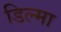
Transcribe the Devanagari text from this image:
डिल्मा